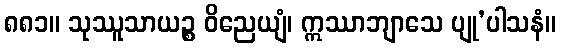
၈၈၁။ သုဿူသာယဉ္စ ဝိညေယျံ၊ ဣဿာဘျာသေ ပျု’ပါသနံ။